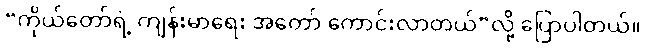
“ကိုယ်တော်ရဲ့ ကျန်းမာရေး အတော် ကောင်းလာတယ်”လို့ ပြောပါတယ်။